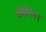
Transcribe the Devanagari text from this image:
कोचेंगंनन